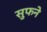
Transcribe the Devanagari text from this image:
सुफने